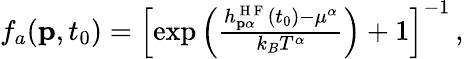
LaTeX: \begin{array}{r}{f_{a}(\textbf{p},t_{0})=\left[\exp\left(\frac{h_{\mathbf{p}\alpha}^{\mathrm{~H~F~}}(t_{0})-\mu^{\alpha}}{k_{B}T^{\alpha}}\right)+1\right]^{-1}\, ,}\end{array}